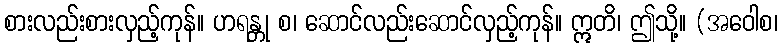
စားလည်းစားလှည့်ကုန်။ ဟရန္တု စ၊ ဆောင်လည်းဆောင်လှည့်ကုန်။ ဣတိ၊ ဤသို့။ (အဝေါစ၊